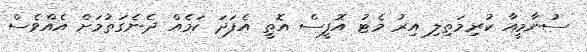
ސުނާމީއާ ކުރިމަތިލި އިރު މެޓު އޮފީސް އޮތީ އެފަދަ ކަމެއް ދެނެގަތުމަށް އެއްވެސް